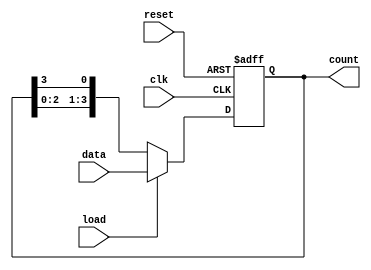
module loadable_ring_counter #(
    parameter WIDTH = 4  // Define the width of the counter
)(
    input wire clk,             // Clock input
    input wire reset,           // Asynchronous reset input
    input wire load,            // Load control signal
    input wire [WIDTH-1:0] data,// Data input to load the counter
    output reg [WIDTH-1:0] count // Current state of the counter
);

    // Always block for synchronous operations
    always @(posedge clk or posedge reset) begin
        if (reset) begin
            // Reset the counter to all zeros
            count <= {WIDTH{1'b0}};
        end else if (load) begin
            // Load the counter with the provided data
            count <= data;
        end else begin
            // Counting mode: shift the ring counter
            count <= {count[WIDTH-2:0], count[WIDTH-1]};
        end
    end

endmodule